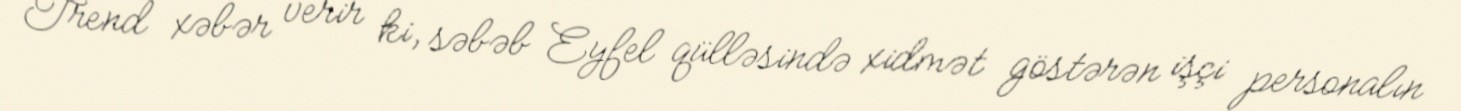
Trend xəbər verir ki, səbəb Eyfel qülləsində xidmət göstərən işçi personalın